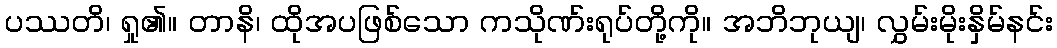
ပဿတိ၊ ရှု၏။ တာနိ၊ ထိုအပဖြစ်သော ကသိုဏ်းရုပ်တို့ကို။ အဘိဘုယျ၊ လွှမ်းမိုးနှိမ်နင်း